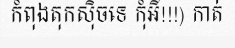
កំពុងតុកស៊ិចទេ កុំអី!!!) កាត់